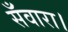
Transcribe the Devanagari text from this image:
सँवारा।